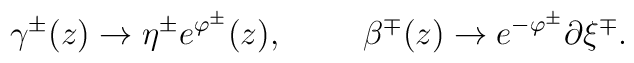
\gamma^{\pm} (z) \to \eta^{\pm} e^{\varphi^{\pm}} (z), \hspace{1cm}\beta^{\mp} (z) \to e^{-\varphi^{\pm}} \partial \xi^{\mp}.